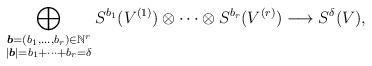
LaTeX: \begin{align*}\bigoplus_{\begin{subarray}{c}\boldsymbol{b}=(b_1,\ldots,b_r)\in\mathbb N^r\\|\boldsymbol{b}|=b_1+\cdots+b_r=\delta\end{subarray}}S^{b_1}(V^{(1)})\otimes\cdots\otimes S^{b_r}(V^{(r)})\longrightarrow S^{\delta}(V),\end{align*}